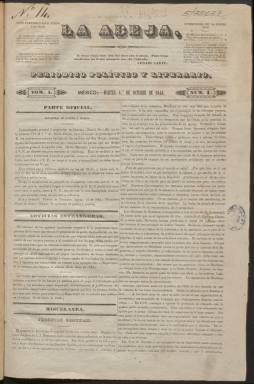
Título: La Abeja (México)
Colección: Periódicos
Ámbito geográfico: México
Lugar de publicación: México
Fechas: 01/10/1844-30/11/1844